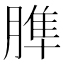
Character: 𦞠